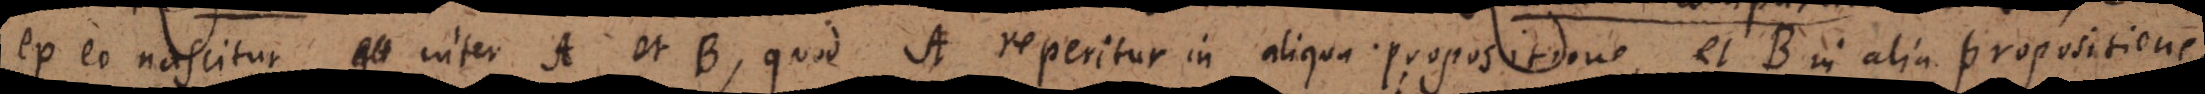
ex eo nascitur inter A et B, quod A reperitur in aliqua propositione, et B in alia propositione,